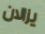
يزالان